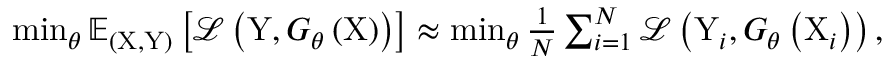
\begin{array} { r } { \operatorname* { m i n } _ { \theta } \mathbb { E } _ { ( \mathrm { X } , \mathrm { Y } ) } \left[ \mathcal { L } \left( \mathrm { Y } , G _ { \theta } \left( \mathrm { X } \right) \right) \right] \approx \operatorname* { m i n } _ { \theta } \frac { 1 } { N } \sum _ { i = 1 } ^ { N } \mathcal { L } \left( \mathrm { Y } _ { i } , G _ { \theta } \left( \mathrm { X } _ { i } \right) \right) , } \end{array}